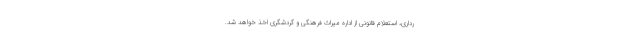
رداری، استعلام قانونی از اداره میراث فرهنگی و گردشگری اخذ خواهد شد.